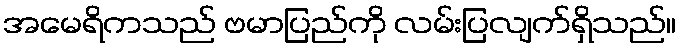
အမေရိကသည် ဗမာပြည်ကို လမ်းပြလျက်ရှိသည်။